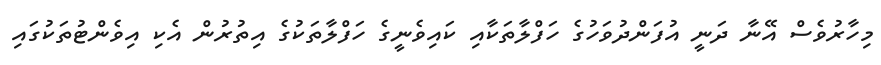
މިހާރުވެސް އޭނާ ދަނީ އުފަންދުވަހުގެ ހަފްލާތަކާއި ކައިވެނީގެ ހަފްލާތަކުގެ އިތުރުން އެކި އިވެންޓުތަކުގައި